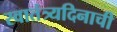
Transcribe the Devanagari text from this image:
स्वातंत्र्यदिनाची